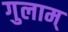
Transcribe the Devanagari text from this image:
गुलाम्